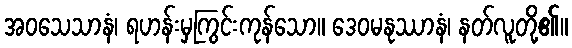
အဝသေသာနံ၊ ရဟန်းမှကြွင်းကုန်သော။ ဒေဝမနုဿာနံ၊ နတ်လူတို့၏။